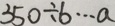
3 5 0 \div b \cdots a